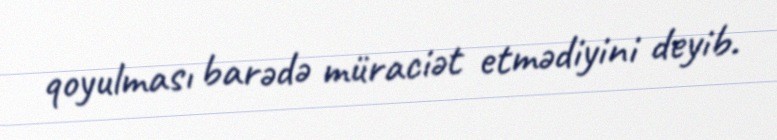
qoyulması barədə müraciət etmədiyini deyib.